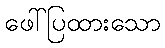
ဖေါ်ပြထားသော